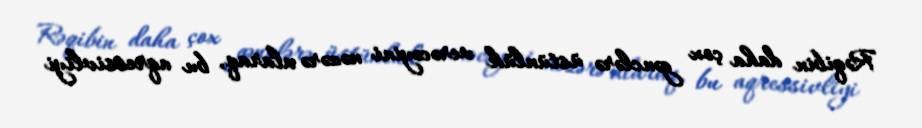
Rəqibin daha çox gənclərə üstünlük verəcəyini nəzərə alaraq, bu aqressivliyi